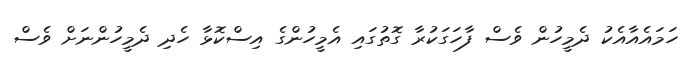
ހަމައެއާއެކު ދެމީހުން ވެސް ފާހަގަކުރާ ގޮތުގައި އެމީހުންގެ އިސްކޮޅާ ހެދި ދެމީހުންނަށް ވެސް